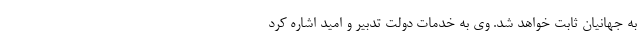
به جهانیان ثابت خواهد شد. وی به خدمات دولت تدبیر و امید اشاره کرد